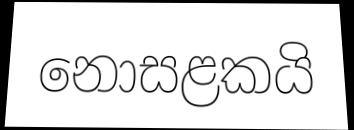
නොසළකයි